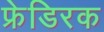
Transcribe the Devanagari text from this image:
फ्रेडिरक